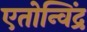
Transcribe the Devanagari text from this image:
एतोन्विंद्र